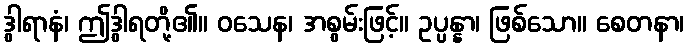
ဒွါရာနံ၊ ဤဒွါရတို့၏။ ဝသေန၊ အစွမ်းဖြင့်။ ဥပ္ပန္နာ၊ ဖြစ်သော။ စေတနာ၊